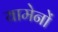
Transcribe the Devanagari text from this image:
यामेनों